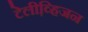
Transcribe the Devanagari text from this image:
टेलीव्हि़जन